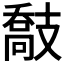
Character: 𢻤